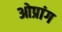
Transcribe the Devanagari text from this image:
ओप्रांग